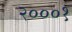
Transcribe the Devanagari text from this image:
२०००१